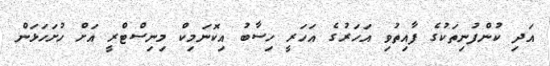
އަދި ކުންފުނިތަކުގެ ފާއިތުވި އަހަރުގެ އަހަރީ ހިސާބު އިކޮނަމިކް މިނިސްޓްރީ އަށް ހުށަހަޅަން